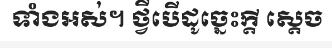
ទាំងអស់។ ថ្វីបើដូច្នេះក្តី ស្តេច